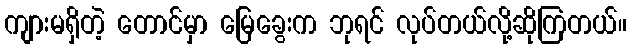
ကျားမရှိတဲ့ တောင်မှာ မြေခွေးက ဘုရင် လုပ်တယ်လို့ဆိုကြတယ်။